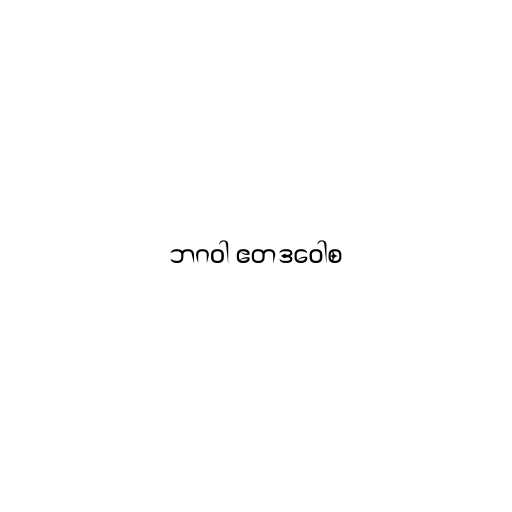
ဘဂဝါ ဧတဒဝေါစ